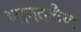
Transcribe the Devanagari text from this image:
भानतलैया